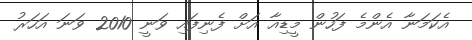
އެކަމަނާ އެންމެ ފަހުން މީޑިއާ އަށް ފެނިފައި ވަނީ 2010 ވަނަ އަހަރު